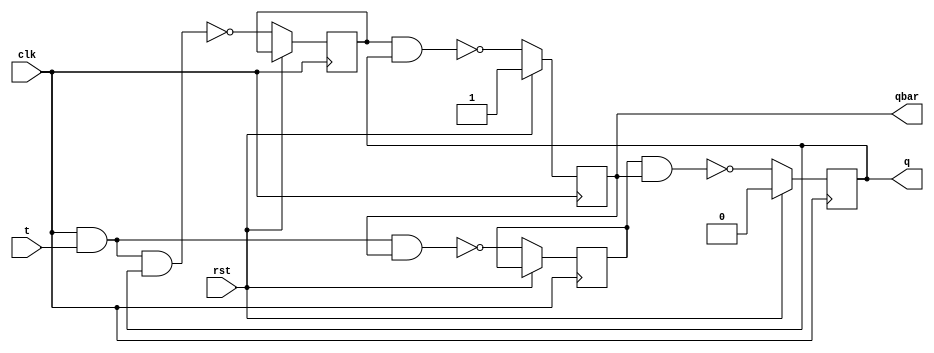
module tff (q,qbar,t,clk,rst);
  input t,clk,rst;
  output reg q,qbar;
  reg x,y;
  always @ (posedge clk)
  begin
    if (rst)
      begin
    q <= 0;
    qbar <= 1;
      end
else
  begin
  x <= ~(clk & t & qbar);
  y <= ~(clk & t & q);
  q <= ~(x & qbar);
  qbar <= ~(y & q);
  end
  end
  endmodule